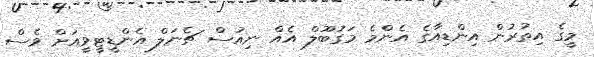
މީގެ އިތުރުން އިންޑިއާގެ އެންމެ މަގުބޫލް އެއް ނިއުސް ޗެނަލް އެންޑީޓީވީއަށް ވެސް